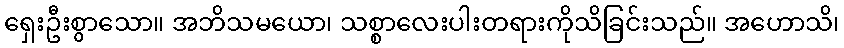
ရှေးဦးစွာသော။ အဘိသမယော၊ သစ္စာလေးပါးတရားကိုသိခြင်းသည်။ အဟောသိ၊